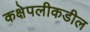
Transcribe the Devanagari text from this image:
कक्षेपलीकडील